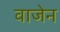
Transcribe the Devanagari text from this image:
वाजेन